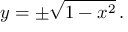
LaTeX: y = \pm { \sqrt { 1 - x ^ { 2 } } } \, .